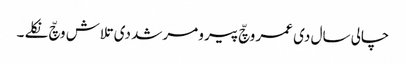
چالی سال دی عمر وچّ پیرو مرشد دی تلاش وچّ نکلے ۔